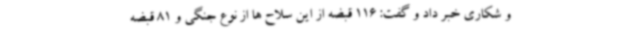
و شکاری خبر داد و گفت: 116 قبضه از این سلاح ها از نوع جنگی و 81 قبضه